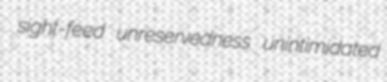
sight-feed unreservedness unintimidated